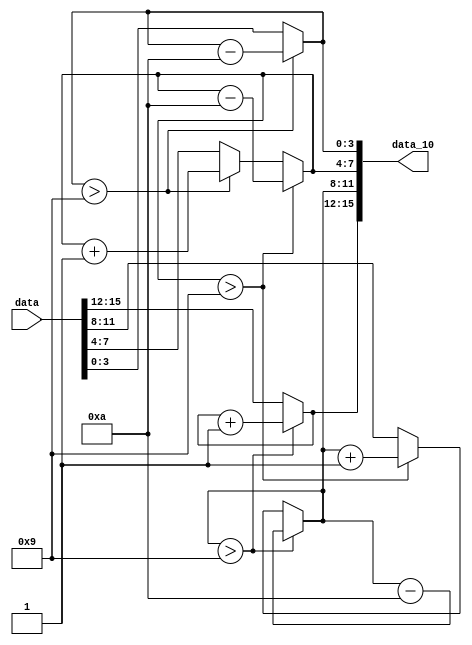
`timescale 1ns / 1ps
//////////////////////////////////////////////////////////////////////////////////
// Company: 
// Engineer: 
// 
// Design Name: 
// Module Name: jinzhi_16to10
// Project Name: 
// Target Devices: 
// Tool Versions: 
// Description: 
// 
// Dependencies: 
// 
// Revision:
// Revision 0.01 - File Created
// Additional Comments:
// 
//////////////////////////////////////////////////////////////////////////////////

//16
module turn(data,data_10);
input [15:0]data;
output reg [15:0] data_10;

always @(data) begin
	data_10[3:0] <= data[3:0];
	data_10[7:4] <= data[7:4];
	data_10[11:8] <= data[11:8];
	data_10[15:12] <= data[15:12];
	if(data_10[3:0] > 9) begin
		data_10[3:0] <= data_10[3:0] - 10;
		data_10[7:4] <= data_10[7:4] + 1;
	end
	if(data_10[7:4] > 9) begin
		data_10[7:4] <= data_10[7:4] - 10;
		data_10[11:8] <= data_10[11:8] + 1;
	end
	if(data_10[11:8] > 9) begin
		data_10[11:8] <= data_10[11:8] - 10;
		data_10[15:12] <= data_10[15:12] + 1;
	end
end

endmodule